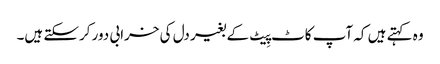
وہ کہتے ہیں کہ آپ کاٹ پِیٹ کے بغیر دل کی خرابی دور کرسکتے ہیں۔